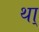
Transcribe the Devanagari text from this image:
था्